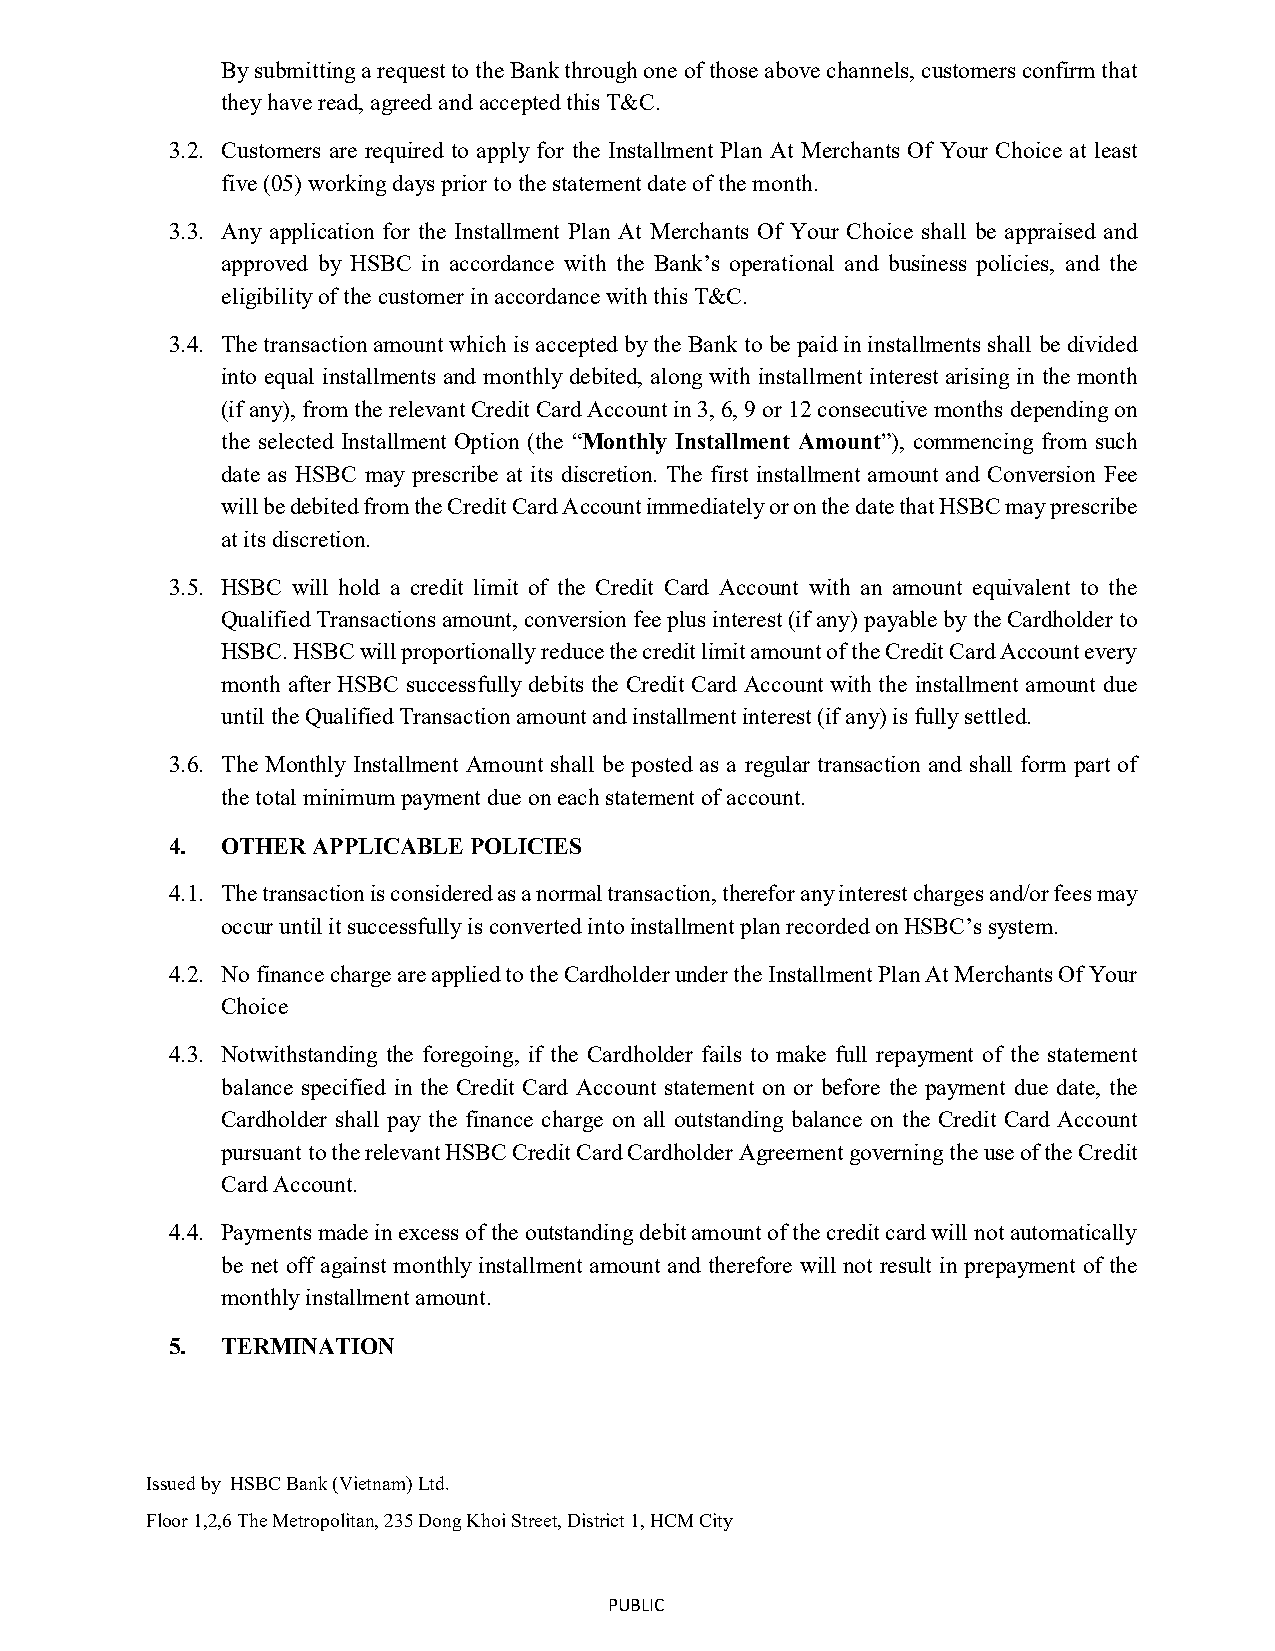
By submitting a request to the Bank through one of those above channels, customers confirm that
 they have read, agreed and accepted this T&C.
 3.2. Customers are required to apply for the Installment Plan At Merchants Of Your Choice at least
 five (05) working days prior to the statement date of the month.
 3.3. Any application for the Installment Plan At Merchants Of Your Choice shall be appraised and
 approved by HSBC in accordance with the Bank’s operational and business policies, and the
 eligibility of the customer in accordance with this T&C.
 3.4. The transaction amount which is accepted by the Bank to be paid in installments shall be divided
 into equal installments and monthly debited, along with installment interest arising in the month
 (if any), from the relevant Credit Card Account in 3, 6, 9 or 12 consecutive months depending on
 the selected Installment Option (the “Monthly Installment Amount”), commencing from such
 date as HSBC may prescribe at its discretion. The first installment amount and Conversion Fee
 will be debited from the Credit Card Account immediately or on the date that HSBC may prescribe
 at its discretion.
 3.5. HSBC will hold a credit limit of the Credit Card Account with an amount equivalent to the
 Qualified Transactions amount, conversion fee plus interest (if any) payable by the Cardholder to
 HSBC. HSBC will proportionally reduce the credit limit amount of the Credit Card Account every
 month after HSBC successfully debits the Credit Card Account with the installment amount due
 until the Qualified Transaction amount and installment interest (if any) is fully settled.
 3.6. The Monthly Installment Amount shall be posted as a regular transaction and shall form part of
 the total minimum payment due on each statement of account.
 4.  OTHER APPLICABLE POLICIES
 4.1. The transaction is considered as a normal transaction, therefor any interest charges and/or fees may
 occur until it successfully is converted into installment plan recorded on HSBC’s system.
 4.2. No finance charge are applied to the Cardholder under the Installment Plan At Merchants Of Your
 Choice
 4.3. Notwithstanding the foregoing, if the Cardholder fails to make full repayment of the statement
 balance specified in the Credit Card Account statement on or before the payment due date, the
 Cardholder shall pay the finance charge on all outstanding balance on the Credit Card Account
 pursuant to the relevant HSBC Credit Card Cardholder Agreement governing the use of the Credit
 Card Account.
 4.4. Payments made in excess of the outstanding debit amount of the credit card will not automatically
 be net off against monthly installment amount and therefore will not result in prepayment of the
 monthly installment amount.
 5.  TERMINATION
 Issued by HSBC Bank (Vietnam) Ltd.
 Floor 1,2,6 The Metropolitan, 235 Dong Khoi Street, District 1, HCM City
 PUBLIC